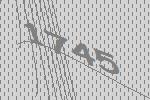
1745